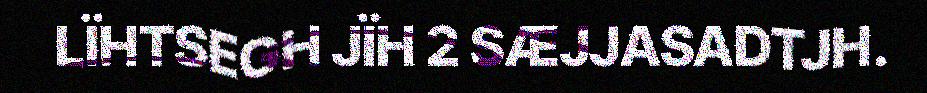
LÏHTSEGH JÏH 2 SÆJJASADTJH.